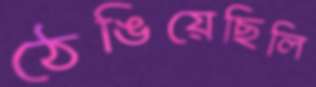
ঠেঙিয়েছিলি